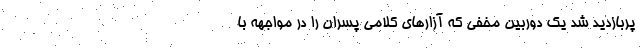
پربازدید شد یک دوربین مخفی که آزارهای کلامی پسران را در مواجهه با